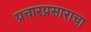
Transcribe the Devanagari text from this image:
प्रचारप्रसाराचा